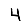
Digit: 4